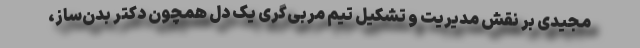
مجیدی بر نقش مدیریت و تشکیل تیم مربی‌گری یک دل همچون دکتر بد‌ن‌ساز‌،